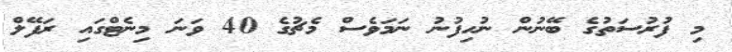
މި ފުރުސަތުގެ ބޭނުން ނުހިފުނު ނަމަވެސް މެޗުގެ 40 ވަނަ މިނެޓްގައި ރަފޭލް